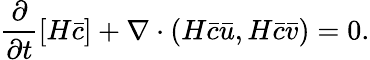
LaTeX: \frac{\partial}{\partial t}[H\bar{c}]+\mathbf{\nabla}\cdot(H\bar{c}\bar{u},H\bar{c}\bar{v})=0.